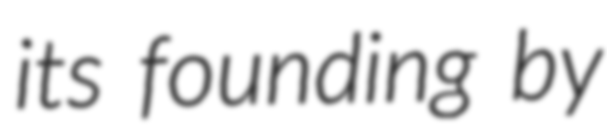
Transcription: its founding by